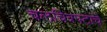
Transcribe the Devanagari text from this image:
चलचित्रपटांचे